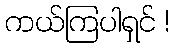
ကယ်ကြပါရှင် !